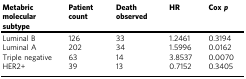
| Metabric molecular subtype | Patient count | Death observed | HR | Cox p |
 | --- | --- | --- | --- | --- |
 | Luminal B | 126 | 33 | 1.2461 | 0.3194 |
 | Luminal A | 202 | 34 | 1.5996 | 0.0162 |
 | Triple negative | 63 | 14 | 3.8537 | 0.0070 |
 | HER2+ | 39 | 13 | 0.7152 | 0.3405 |